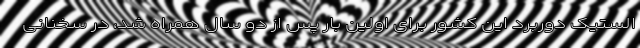
الستیک دوربرد این کشور برای اولین بار پس از دو سال همراه شد، در سخنانی